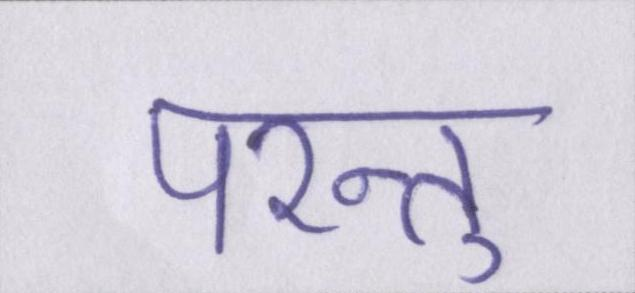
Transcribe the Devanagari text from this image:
परन्तु